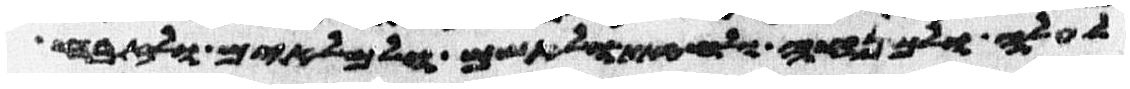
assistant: לעלה ולמנחה ולחטאת ולאשם ולמלאים ולזבח